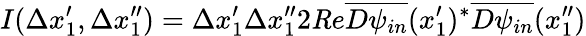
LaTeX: I(\Delta x_{1}^{\prime},\Delta x_{1}^{\prime\prime})=\Delta x_{1}^{\prime}\Delta x_{1}^{\prime\prime}2{\mathit Re}\overline{{{D\psi_{in}}}}(x_{1}^{\prime})^{*}\overline{{{D\psi_{in}}}}(x_{1}^{\prime\prime})